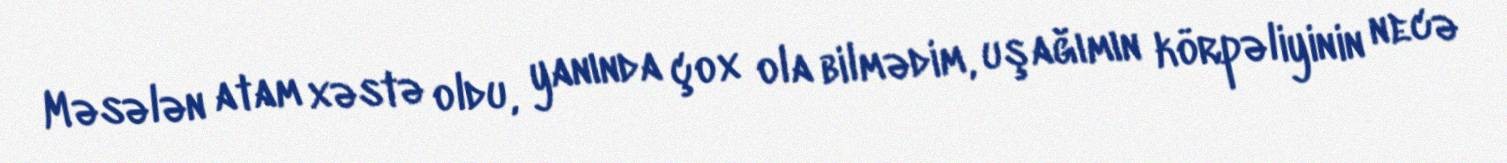
Məsələn atam xəstə oldu, yanında çox ola bilmədim, uşağımın körpəliyinin necə